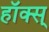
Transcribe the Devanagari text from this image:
हॉक्स्